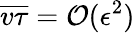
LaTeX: \overline{{v\tau}}={\cal O}(\epsilon^{2})